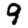
Digit: 9